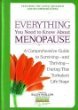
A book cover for Everything You Need to Know About Menopause: A Comprehensive Guide to Surviving--And Thriving--During This Turbulent Life Stage; Ellen, ed., et al. Phillips; Health, Fitness & Dieting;